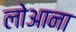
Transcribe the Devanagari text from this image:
लोआना